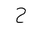
Letter: _ha